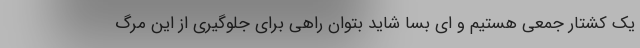
یک کشتار جمعی هستیم و ای بسا شاید بتوان راهی برای جلوگیری از این مرگ